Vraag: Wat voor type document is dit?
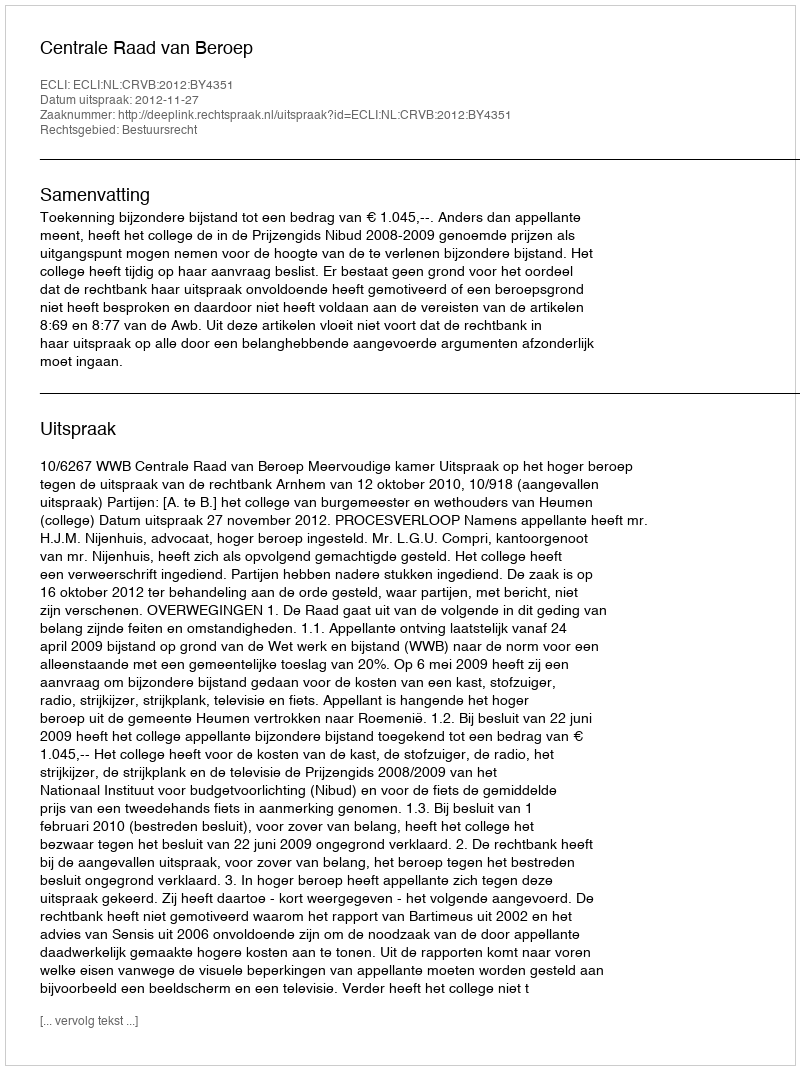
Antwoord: Uitspraak